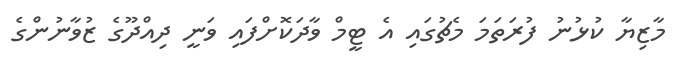
މާޒިޔާ ކުޅުނު ފުރަތަމަ މެޗުގައި އެ ޓީމް ވާދަކޮށްފައި ވަނީ ދިއްދޫގެ ޒުވާނުންގެ